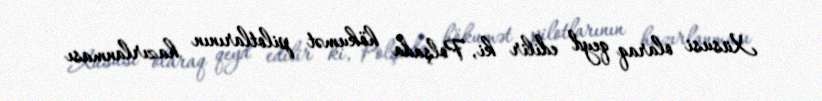
Xüsusi olaraq qeyd edilir ki, Polşada hökumət pilotlarının hazırlanması